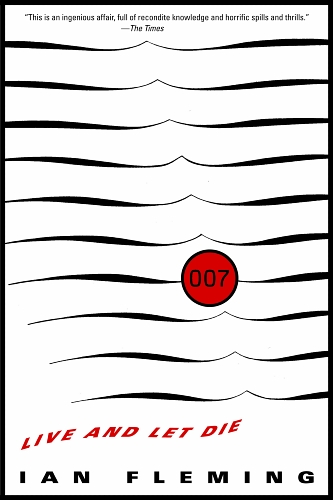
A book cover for Live and Let Die (James Bond); Ian Fleming; Mystery, Thriller & Suspense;